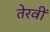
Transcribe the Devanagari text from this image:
तेरवीं